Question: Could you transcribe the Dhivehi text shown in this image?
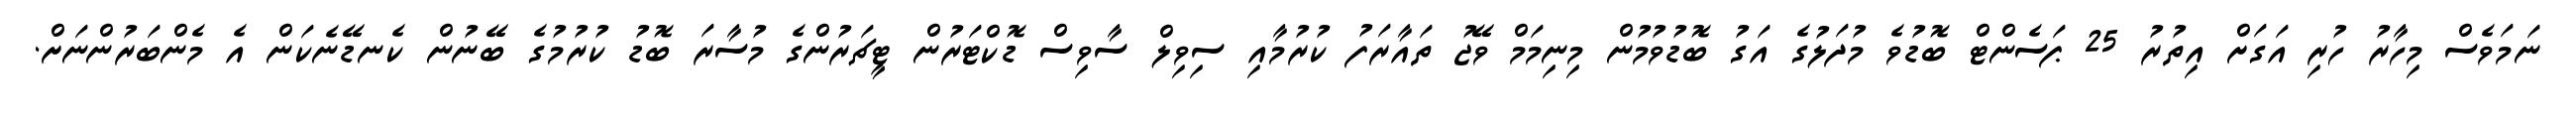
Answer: ނަމަވެސް މިހާރު ހުރި އަގަށް އިތުރު 25 ޕަސެންޓް ބޮޑުވެ މުދަލުގެ އަގު ބޮޑުވުމުން މިނިމަމް ވޭޖު ތައާރަފު ކުރުމާއި ސިވިލް ސާވިސް ޑޮކްޓަރުން ޓީޗަރުންގެ މުސާރަ ބޮޑު ކުރުމުގެ ބޭނުން ކެނޑޭނެކަން އެ މެންބަރުންނަށް.